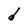
Character: d